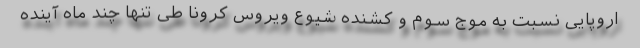
اروپایی نسبت به موج سوم و کشنده شیوع ویروس کرونا طی تنها چند ماه آینده